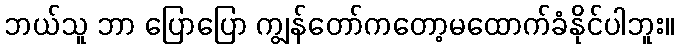
ဘယ်သူ ဘာ ပြောပြော ကျွန်တော်ကတော့မထောက်ခံနိုင်ပါဘူး။